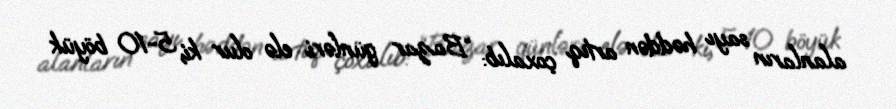
alanların sayı həddən artıq çoxalıb: “Bazar günləri elə olur ki, 5-10 böyük